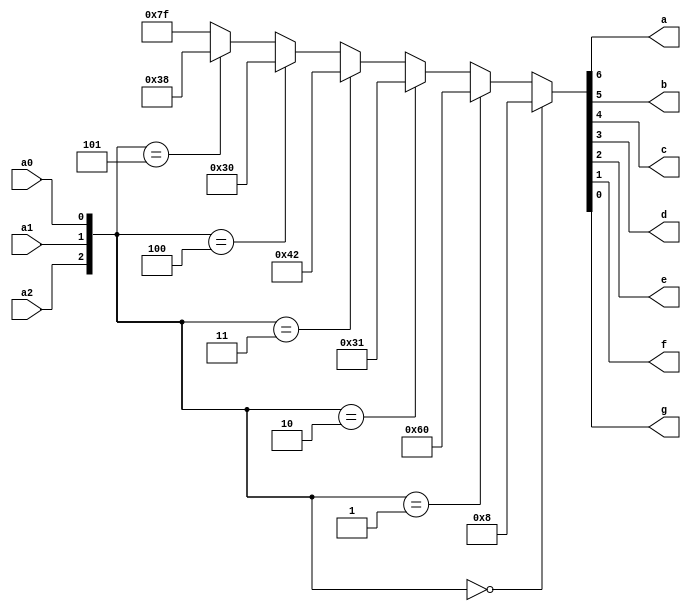
//0 a 5 em binarios mostra as letras de 'A' a 'E'
module letras_BCD(a,b,c,d,e,f,g,a0,a1,a2);
input a0,a1,a2;
output a,b,c,d,e,f,g;

assign{a,b,c,d,e,f,g}=({a2,a1,a0}==0)?(7'b0001000):({a2,a1,a0}==1)?(7'b1100000):({a2,a1,a0}==2)?(7'b0110001):({a2,a1,a0}==3)?(7'b1000010):({a2,a1,a0}==4)?(7'b0110000):({a2,a1,a0}==5)?(7'b0111000):(7'b1111111);
endmodule